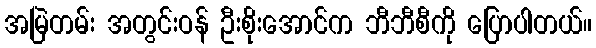
အမြဲတမ်း အတွင်းဝန် ဦးစိုးအောင်က ဘီဘီစီကို ပြောပါတယ်။